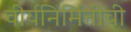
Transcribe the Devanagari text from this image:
वीर्यनिर्मितीची